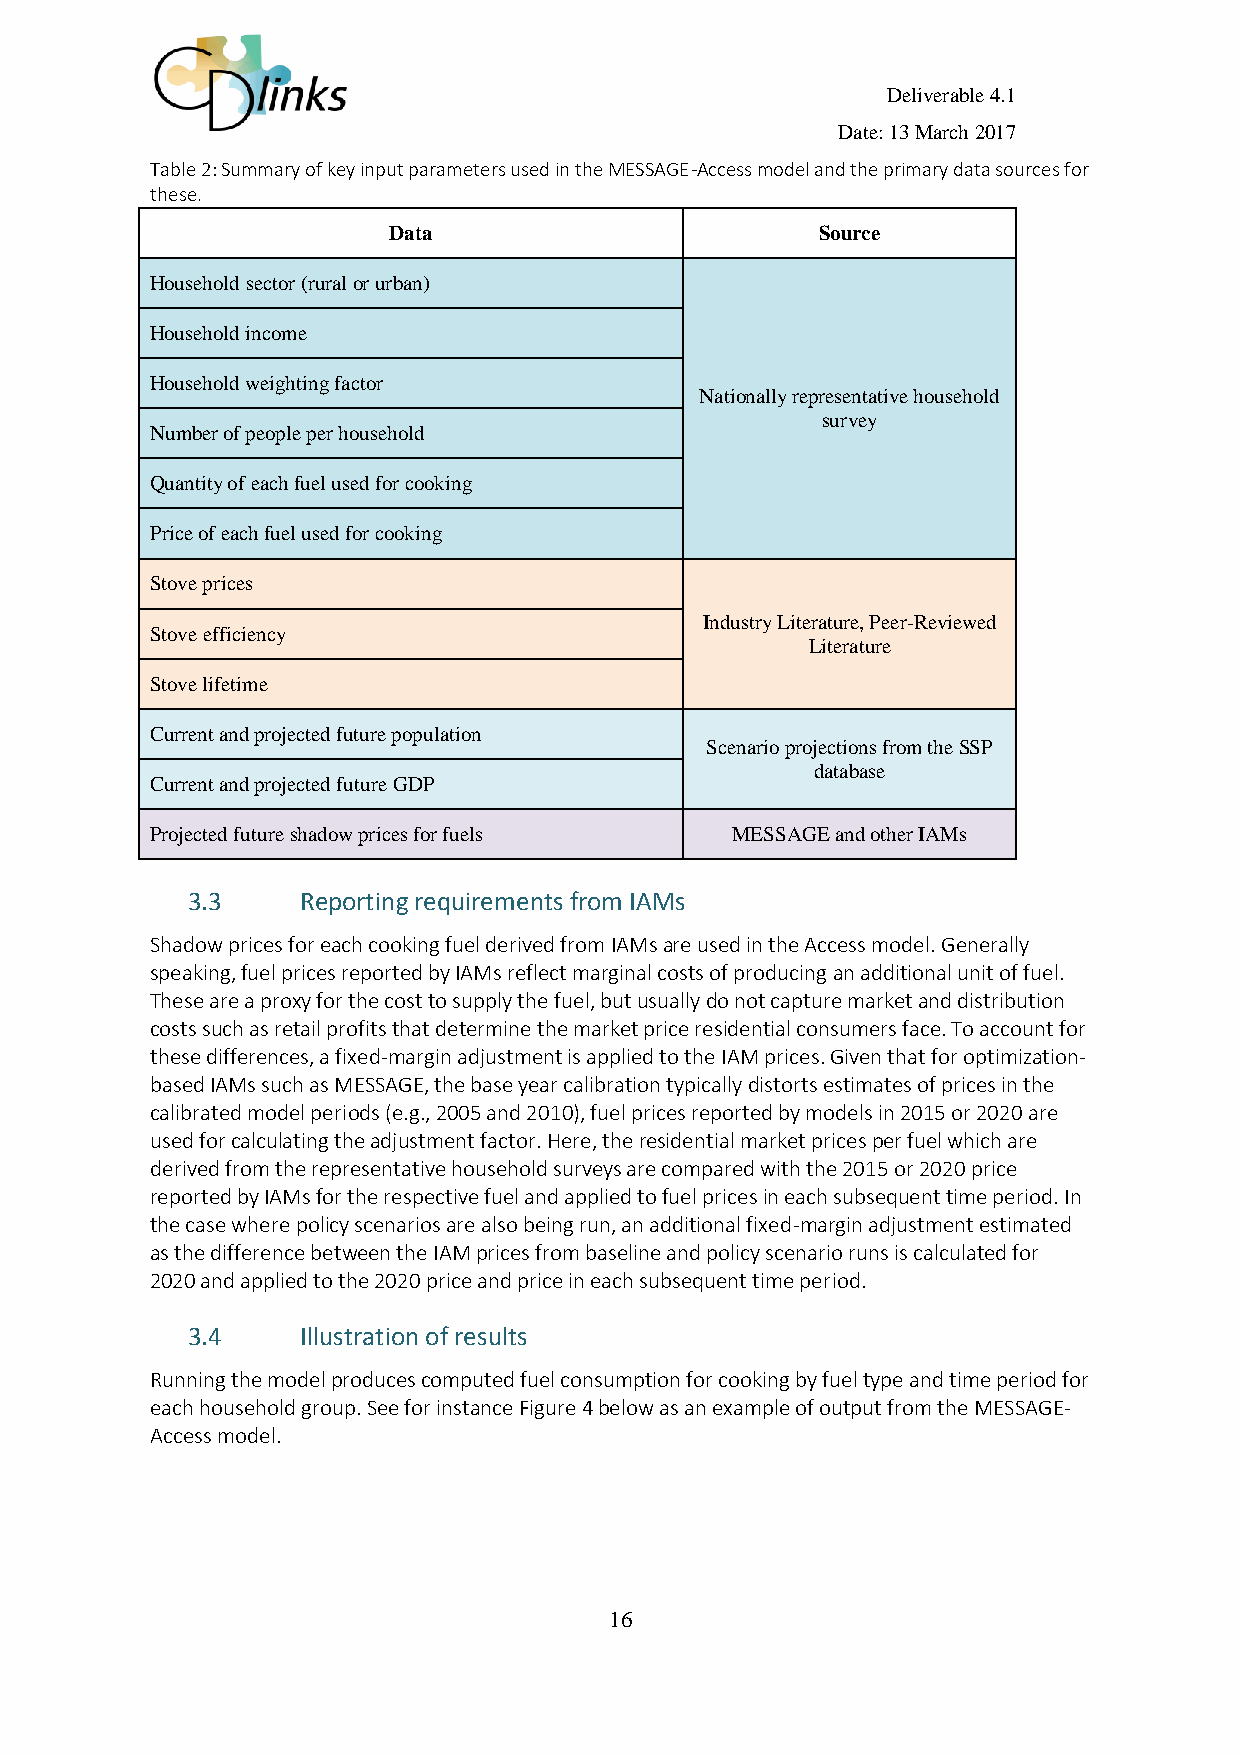
Deliverable 4.1
 Date: 13 March 2017
 Table 2: Summary of key input parameters used in the MESSAGE-Access model and the primary data sources for
 these.
 Data                        Source
 Household sector (rural or urban)
 Household income
 Household weighting factor
 Nationally representative household
 survey
 Number of people per household
 Quantity of each fuel used for cooking
 Price of each fuel used for cooking
 Stove prices
 Industry Literature, Peer-Reviewed
 Stove efficiency
 Literature
 Stove lifetime
 Current and projected future population
 Scenario projections from the SSP
 database
 Current and projected future GDP
 Projected future shadow prices for fuels MESSAGE and other IAMs
 3.3     Reporting requirements from IAMs
 Shadow prices for each cooking fuel derived from IAMs are used in the Access model. Generally
 speaking, fuel prices reported by IAMs reflect marginal costs of producing an additional unit of fuel.
 These are a proxy for the cost to supply the fuel, but usually do not capture market and distribution
 costs such as retail profits that determine the market price residential consumers face. To account for
 these differences, a fixed-margin adjustment is applied to the IAM prices. Given that for optimization-
 based IAMs such as MESSAGE, the base year calibration typically distorts estimates of prices in the
 calibrated model periods (e.g., 2005 and 2010), fuel prices reported by models in 2015 or 2020 are
 used for calculating the adjustment factor. Here, the residential market prices per fuel which are
 derived from the representative household surveys are compared with the 2015 or 2020 price
 reported by IAMs for the respective fuel and applied to fuel prices in each subsequent time period. In
 the case where policy scenarios are also being run, an additional fixed-margin adjustment estimated
 as the difference between the IAM prices from baseline and policy scenario runs is calculated for
 2020 and applied to the 2020 price and price in each subsequent time period.
 3.4     Illustration of results
 Running the model produces computed fuel consumption for cooking by fuel type and time period for
 each household group. See for instance Figure 4 below as an example of output from the MESSAGE-
 Access model.
 16